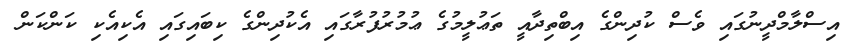
އިސްލާމްދީނުގައި ވެސް ކުދިންގެ އިބްތިދާއީ ތަޢުލީމުގެ ޢުމުރުފުރާގައި އެކުދިންގެ ކިބައިގައި އެކިއެކި ކަންކަން